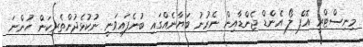
މިނިސްޓްރީ އޮފް ލޯ އެންޑް ޖެންޑާއިން ނެރުނު ބަޔާނެއްގައި ބުނެފައިވަނީ ނުކުޅެދުންތެރިކަން ހުންނަ